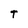
Character: T